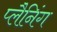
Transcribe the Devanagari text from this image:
प्‍लैनिंग